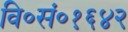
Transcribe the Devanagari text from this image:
वि०सं०१६४२